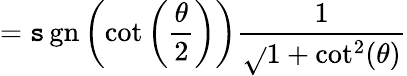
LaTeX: =\operatorname{\mathtt{s}gn}\left(\cot\left({\frac{{\theta}}{{2}}}\right)\right){\frac{{1}}{{\sqrt{}{{1+\cot^{2}(\theta)}}}}}